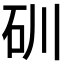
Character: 𥐣